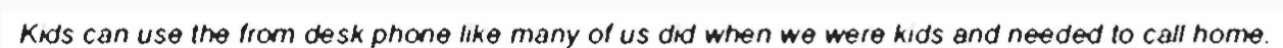
Kids can use the from desk phone like many of us did when we were kids and needed to call home.